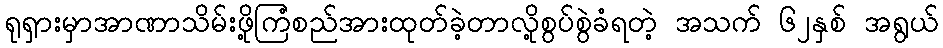
ရုရှားမှာအာဏာသိမ်းဖို့ကြံစည်အားထုတ်ခဲ့တာလို့စွပ်စွဲခံရတဲ့ အသက် ၆၂နှစ် အရွယ်